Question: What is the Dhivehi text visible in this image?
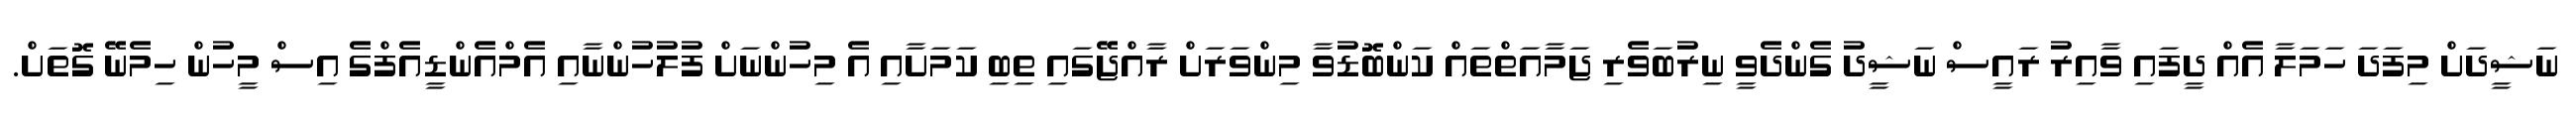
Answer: ނަޝީދަށް މިފަދަ ހަމަލާ އެއް ދީފައި ވާއިރު ރައީސް ނަޝީދު ގެންދެވީ ނިރުބަވެރި ޖަމާއަތްތައް ކަންބޮޑުވާ މިންވަރަށް ރާއްޖޭގައި ތިބި ކަމަށާއި އެ މިހުންނަށް ފުލުހުންނާއި އެމްއެންޑީއެފްގެ އިސް މީހުން ހިމެނޭ ގޮތަށް.